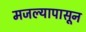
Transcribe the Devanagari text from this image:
मजल्यापासून